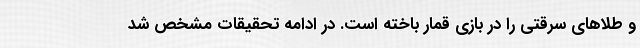
و طلاهای سرقتی را در بازی قمار باخته است. در ادامه تحقیقات مشخص شد